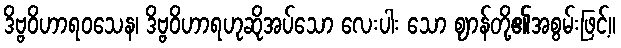
ဒိဗ္ဗဝိဟာရဝသေန၊ ဒိဗ္ဗဝိဟာရဟုဆိုအပ်သော လေးပါး သော ဈာန်တို့၏အစွမ်းဖြင့်။